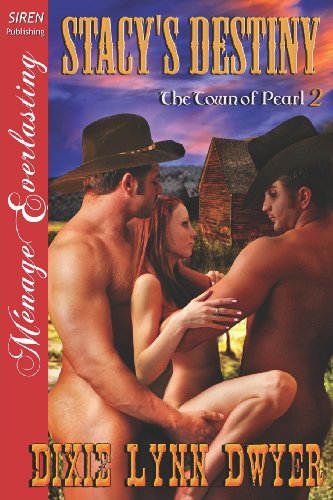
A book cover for Stacy's Destiny [The Town of Pearl 2] (Siren Publishing Menage Everlasting); Dixie Lynn Dwyer; Romance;